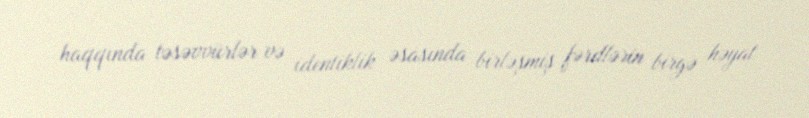
haqqında təsəvvürlər və identiklik əsasında birləşmiş fərdlərin birgə həyat